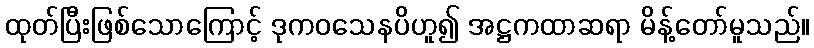
ထုတ်ပြီးဖြစ်သောကြောင့် ဒုကဝသေနပိဟူ၍ အဋ္ဌကထာဆရာ မိန့်တော်မူသည်။